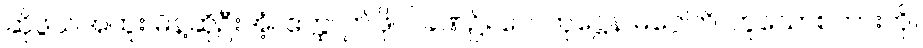
ဆိုဖွယ်အထူး မိန့်ဆိုဦးအံ့။ ဧတ္ထ၊ ဤဖိုလ်ခဏ၌။ ဟေတုဋ္ဌေန မဂ္ဂေါတိ၊ ဟူသောစကားကို။